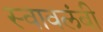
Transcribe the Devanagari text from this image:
स्‍वावलंबी